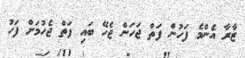
ޒާރާ އެންމެ ފަހުން ފަތް ޖަހަން ޖެހޭ ބައި ފަތް ޖެހުމަށް ފަހު